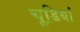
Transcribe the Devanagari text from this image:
चूडि़यां